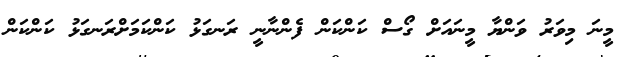
މީނަ މިވަރު ވަންޔާ މީނައަށް ގޯސް ކަންކަން ފެންނާނީ ރަނގަޅު ކަންކަމަށްރަނގަޅު ކަންކަން